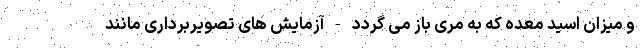
و میزان اسید معده که به مری باز می گردد - آزمایش های تصویربرداری مانند